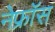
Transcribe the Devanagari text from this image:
नेफ्रॉस